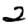
Digit: 2